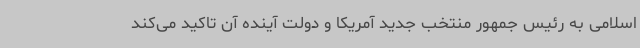
اسلامی به رئیس جمهور منتخب جدید آمریکا و دولت آینده آن تاکید می‌کند